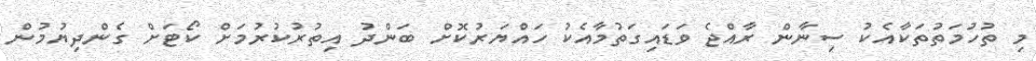
މި ތުހުމަތުތަކާއެކު ސިނާން ރާއްޖެ ވަޑައިގަތުމާއެކު ހައްޔަރުކޮށް ބަންދު އިތުރުކުރުމަށް ކޯޓަށް ގެންދިޔުމުން